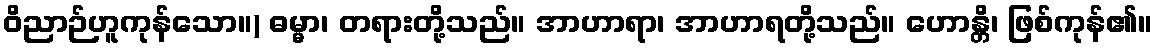
ဝိညာဉ်ဟူကုန်သော။) ဓမ္မာ၊ တရားတို့သည်။ အာဟာရာ၊ အာဟာရတို့သည်။ ဟောန္တိ၊ ဖြစ်ကုန်၏။